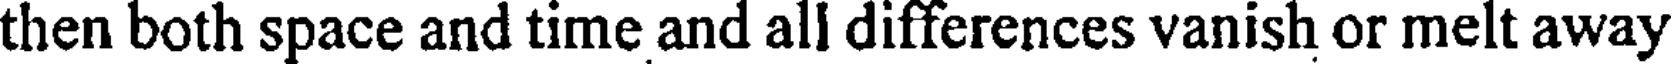
then both space and time and all differences vanish or melt away